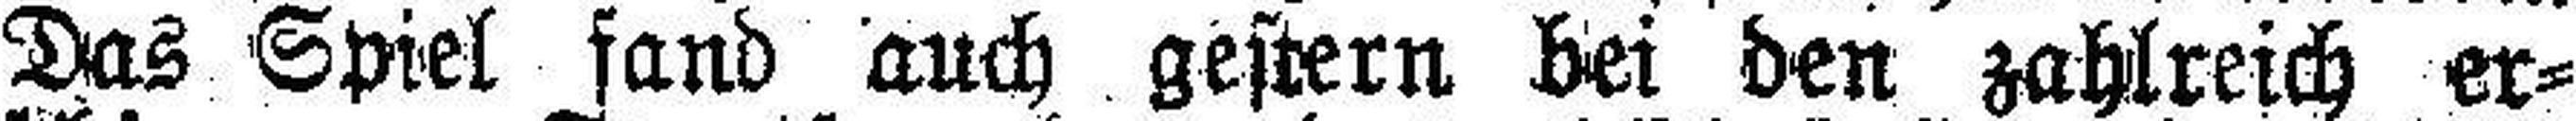
Das Spiel fand auch gestern bei den zahlreich er¬